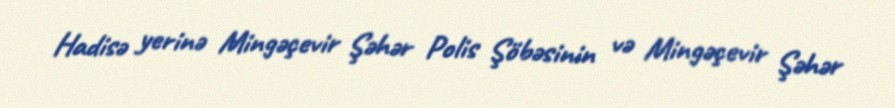
Hadisə yerinə Mingəçevir Şəhər Polis Şöbəsinin və Mingəçevir Şəhər